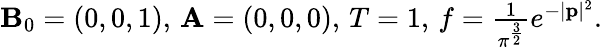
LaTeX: \begin{array}{r}{{\mathbf{B}}_{0}=(0,0,1),\, {\mathbf A}=(0,0,0),\, T=1,\, f=\frac{1}{\pi^{\frac{3}{2}}}e^{-{|{\mathbf p}|^{2}}}.}\end{array}